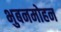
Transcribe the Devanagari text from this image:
भुबनमोहन